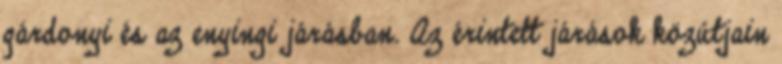
gárdonyi és az enyingi járásban. Az érintett járások közútjain